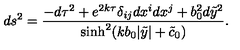
d s ^ { 2 } = \frac { - d \tau ^ { 2 } + e ^ { 2 k \tau } \delta _ { i j } d x ^ { i } d x ^ { j } + b _ { 0 } ^ { 2 } d { \tilde { y } } ^ { 2 } } { \sinh ^ { 2 } ( k b _ { 0 } | \tilde { y } | + \tilde { c } _ { 0 } ) } .